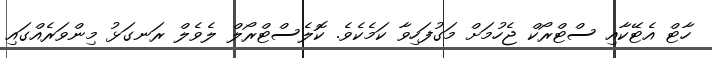
ހާޓް އެޓޭކާއި ސްޓްރޯކް ޖެހުމަށް މަގުފަހިވާ ކަމެކެވެ. ކޮލެސްޓްރޯލް ލެވެލް ރަނގަޅު މިންވަރެއްގައި